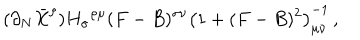
LaTeX: ( \partial _ { N } \bar { X } ^ { \rho } ) { H _ { \sigma } } ^ { \rho \mu } ( F - B ) ^ { \sigma \nu } \left( 1 + ( F - B ) ^ { 2 } \right) _ { \mu \nu } ^ { - 1 } \, ,